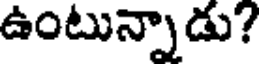
ఉంటున్నాడు?